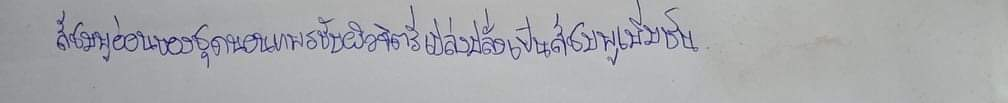
สีชมพูอ่อนของชุดนอนแพรขับผิวจิตรีเปล่งปลั่งเป็นสีชมพูเพิ่มขึ้น